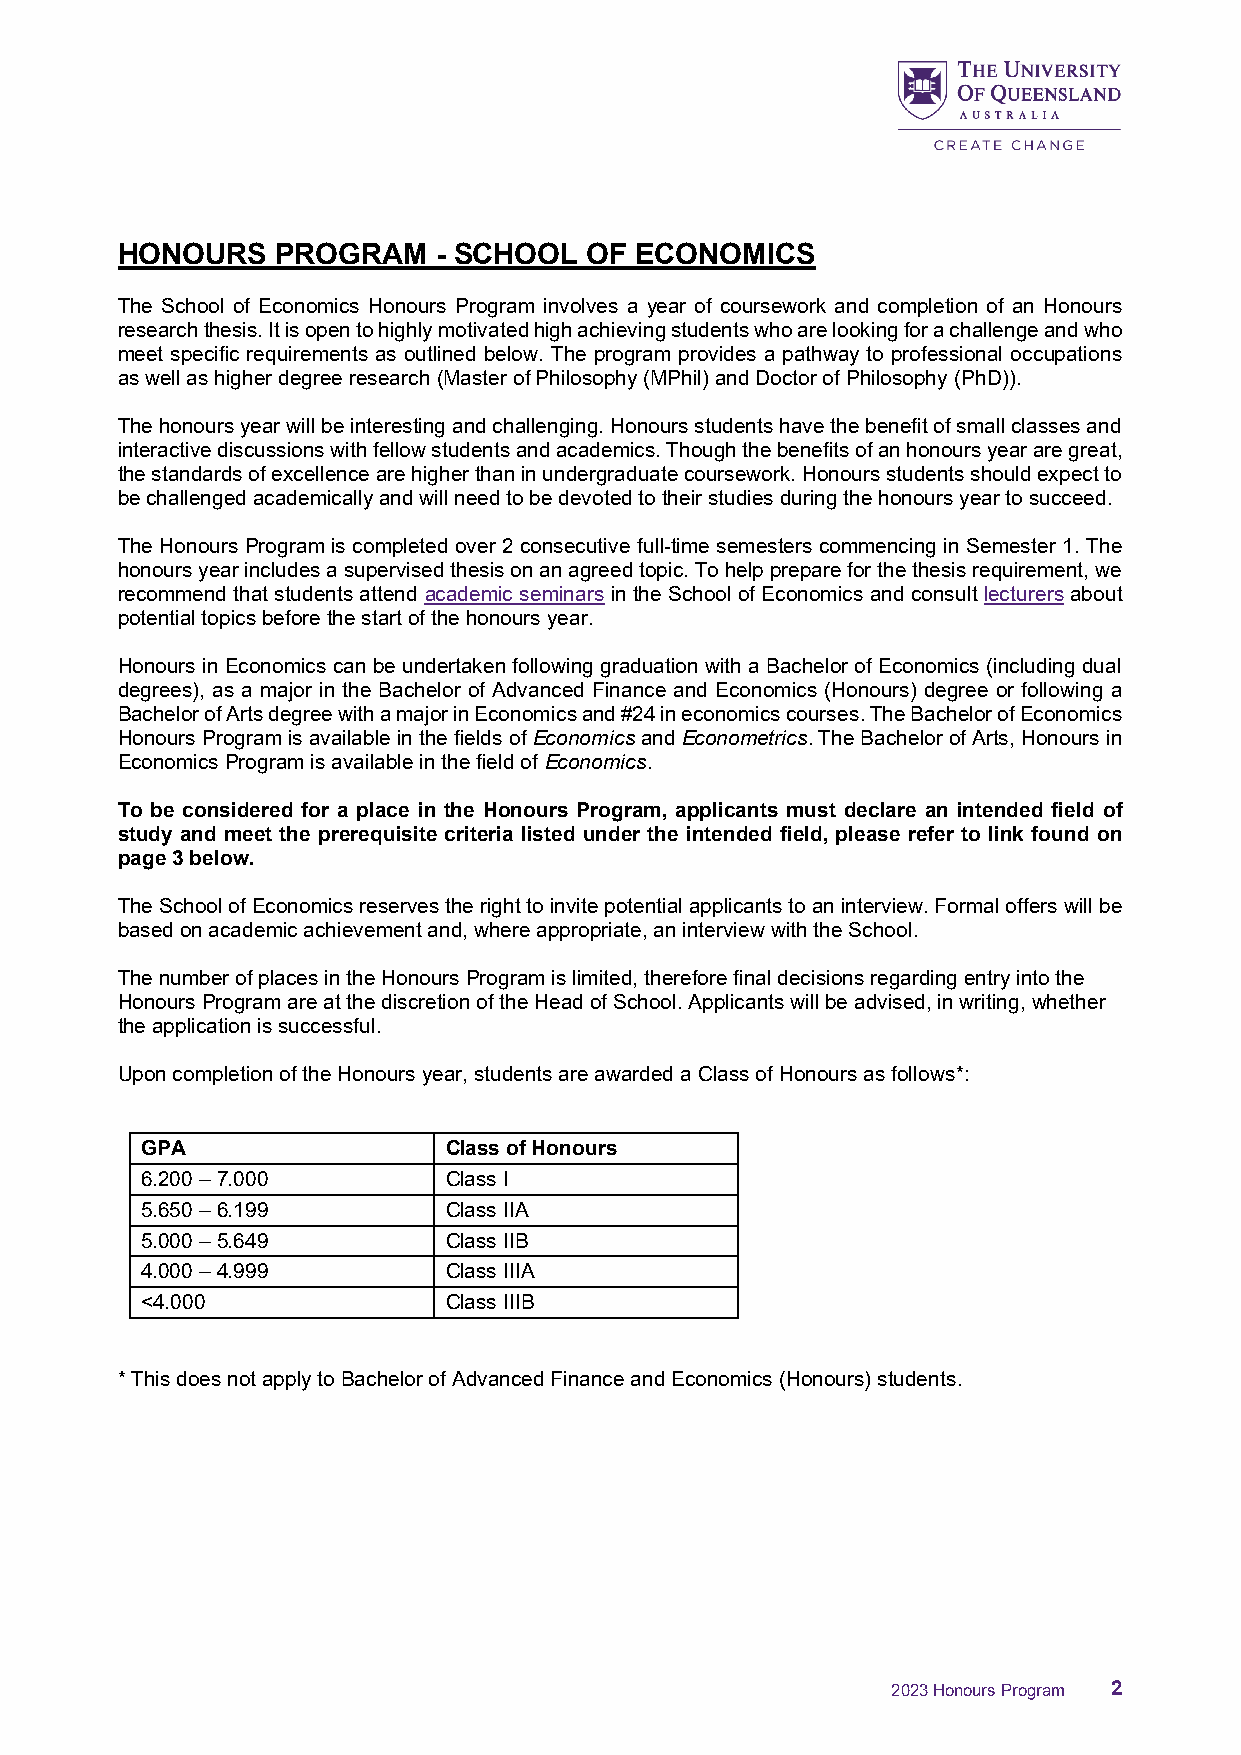
HONOURS   PROGRAM    - SCHOOL  OF ECONOMICS
 The School of Economics Honours Program involves a year of coursework and completion of an Honours
 research thesis. It is open to highly motivated high achieving students who are looking for a challenge and who
 meet specific requirements as outlined below. The program provides a pathway to professional occupations
 as well as higher degree research (Master of Philosophy (MPhil) and Doctor of Philosophy (PhD)).
 The honours year will be interesting and challenging. Honours students have the benefit of small classes and
 interactive discussions with fellow students and academics. Though the benefits of an honours year are great,
 the standards of excellence are higher than in undergraduate coursework. Honours students should expect to
 be challenged academically and will need to be devoted to their studies during the honours year to succeed.
 The Honours Program is completed over 2 consecutive full-time semesters commencing in Semester 1. The
 honours year includes a supervised thesis on an agreed topic. To help prepare for the thesis requirement, we
 recommend that students attend academic seminars in the School of Economics and consult lecturers about
 potential topics before the start of the honours year.
 Honours in Economics can be undertaken following graduation with a Bachelor of Economics (including dual
 degrees), as a major in the Bachelor of Advanced Finance and Economics (Honours) degree or following a
 Bachelor of Arts degree with a major in Economics and #24 in economics courses. The Bachelor of Economics
 Honours Program is available in the fields of Economics and Econometrics. The Bachelor of Arts, Honours in
 Economics Program is available in the field of Economics.
 To be considered for a place in the Honours Program, applicants must declare an intended field of
 study and meet the prerequisite criteria listed under the intended field, please refer to link found on
 page 3 below.
 The School of Economics reserves the right to invite potential applicants to an interview. Formal offers will be
 based on academic achievement and, where appropriate, an interview with the School.
 The number of places in the Honours Program is limited, therefore final decisions regarding entry into the
 Honours Program are at the discretion of the Head of School. Applicants will be advised, in writing, whether
 the application is successful.
 Upon completion of the Honours year, students are awarded a Class of Honours as follows*:
 GPA                 Class of Honours
 6.200 – 7.000       Class I
 5.650 – 6.199       Class IIA
 5.000 – 5.649       Class IIB
 4.000 – 4.999       Class IIIA
 <4.000              Class IIIB
 * This does not apply to Bachelor of Advanced Finance and Economics (Honours) students.
 2023 Honours Program 2